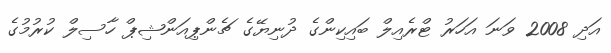
އަދި 2008 ވަނަ އަހަރު ޓްރެއިލް ބައިކިންގެ ދުނިޔޭގެ ޗެންޕިއަންޝިޕް ހާސިލް ކުރުމުގެ